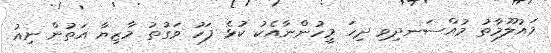
މައުލޫމާތު މުއްސަނދިވި ދިހަ މީހުންނާއެކު ކުޅެ ފަހު ވަގުތު މާޒިޔާ އަތުން ނިއު